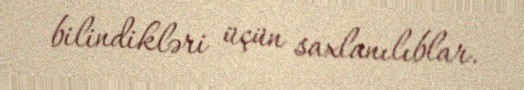
bilindikləri üçün saxlanılıblar.